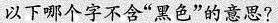
以下哪个字不含”黑色”的意思？